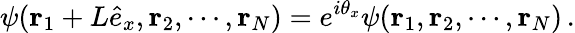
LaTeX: \psi({\mathbf r}_{1}+L{\hat{e}_{x}},{\mathbf r}_{2},\cdots,{\mathbf r}_{N})=e^{i\theta_{x}}\psi({\mathbf r}_{1},{\mathbf r}_{2},\cdots,{\mathbf r}_{N})\, .